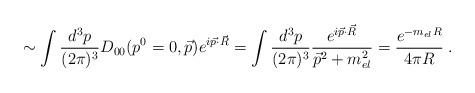
LaTeX: \begin{align*}\sim\int \frac{d^3p}{(2 \pi)^3} D_{00} ( p^0=0, \vec{p}) e^{i\vec{p} \cdot \vec{R}}= \int \frac{d^3p}{(2 \pi)^3} \frac{ e^{i\vec{p} \cdot \vec{R}} }{\vec{p}^2 + m_{el}^2} = \frac{e^{-m_{el}R}}{4 \pi R}\;.\end{align*}